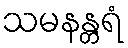
သမနန္တရံ